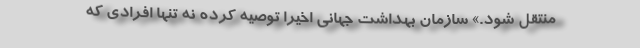
منتقل شود.» سازمان بهداشت جهانی اخیرا توصیه کرده نه تنها افرادی که